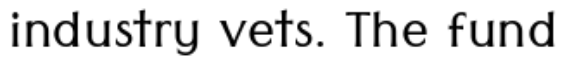
industry vets. The fund